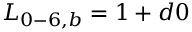
{ L _ { 0 - 6 , b } } = 1 + d 0